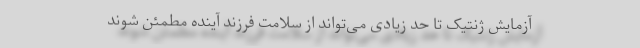
آزمایش ژنتیک تا حد زیادی می‌تواند از سلامت فرزند آینده مطمئن شوند